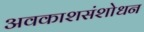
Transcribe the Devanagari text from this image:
अवकाशसंशोधन